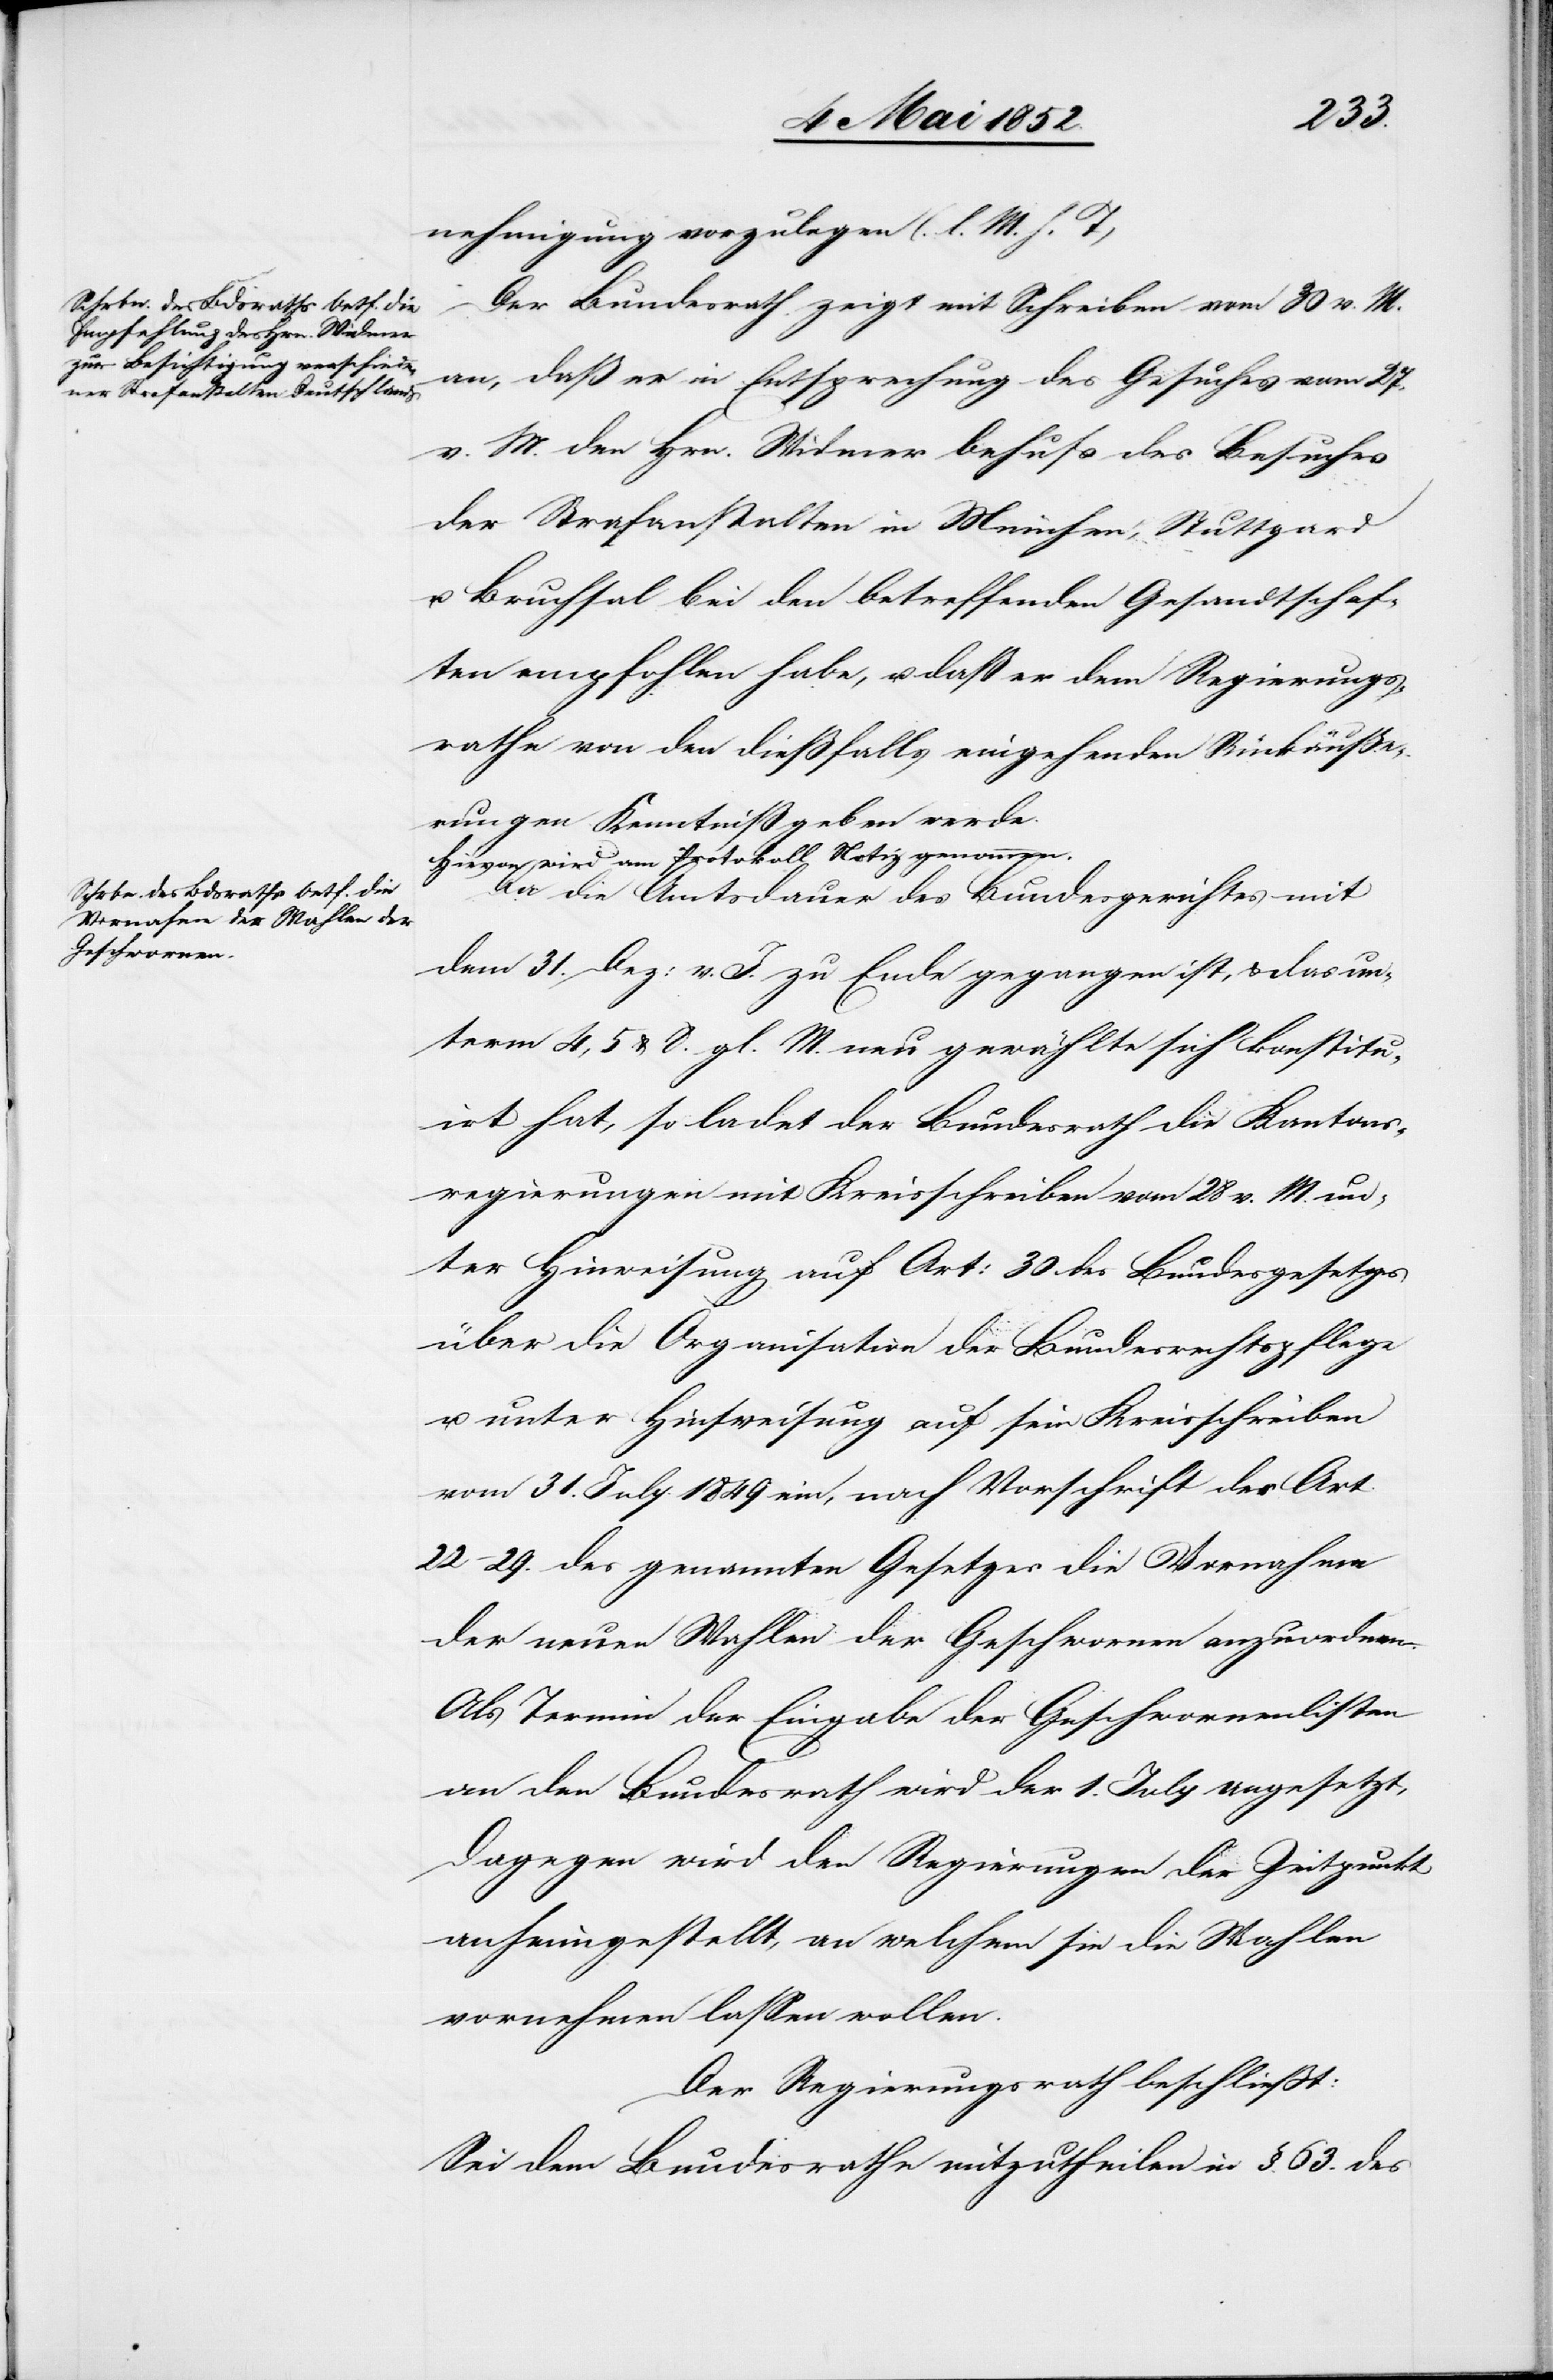
nehmigung vorzulegen (l. M. h. T)
Der Bundesrath zeigt mit Schreiben vom 30 v. M.
an, daß er in Entsprechung des Gesuches vom 27.
v. M. den Hrn. Widmer behufs des Besuches
der Strafanstalten in München, Stuttgard
u. Bruchsal bei den betreffenden Gesandtschaf¬
ten empfohlen habe, u. daß er dem Regierungs¬
rathe von den diessfalls eingehenden Rückäuße¬
rungen Kenntniß geben werde.
Hievon wird am Protokoll Notiz genommen.
Da die Amtsdauer des Bundesgerichtes mit
dem 31. Dez: v. J. zu Ende gegangen ist, & das un¬
term 4, 5 & 8. gl. M. neu gewählte sich konstitu¬
irt hat, so ladet der Bundesrath die Kantons¬
regierungen mit Kreisschreiben vom 28 v. M. un¬
ter Hinweisung auf Art: 30 des Bundesgesetzes
über die Organisation der Bundesrechtspflege
u. unter Hinsweisung [sic!] auf sein Kreisschreiben
vom 31. July 1849 ein, nach Vorschrift der Art.
22–29. des genannten Gesetzes die Vornahme
der neuen Wahlen der Geschwornen anzuordnen.
Als Termin der Eingabe der Geschwornenlisten
an den Bundesrath wird der 1. July angesetzt,
dagegen wird den Regierungen der Zeitpunkt
anheimgestellt, an welchem sie die Wahlen
vornehmen lassen wollen.
Der Regierungsrath beschliesst:
Sei dem Bundesrathe mitzutheilen in §. 63. des